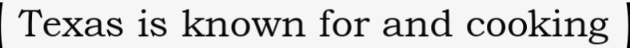
Texas is known for and cooking